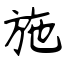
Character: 施